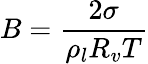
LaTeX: B=\frac{2\sigma}{\rho_{l}R_{v}T}